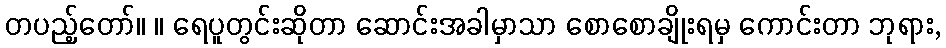
တပည့်တော်။ ။ ရေပူတွင်းဆိုတာ ဆောင်းအခါမှာသာ စောစောချိုးရမှ ကောင်းတာ ဘုရား,